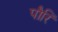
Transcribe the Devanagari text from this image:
पौरि